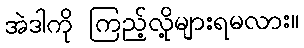
အဲဒါကို ကြည့်လို့များရမလား။